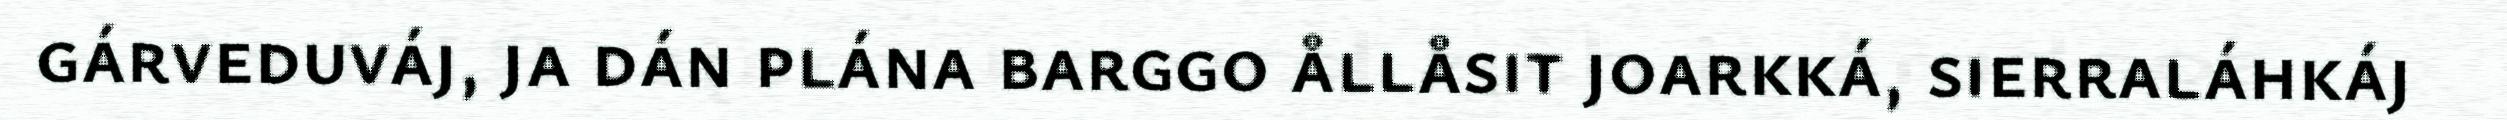
gárveduváj, ja dán plána barggo ållåsit joarkká, sierraláhkáj